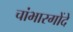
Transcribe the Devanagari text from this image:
चांभारगोंदे